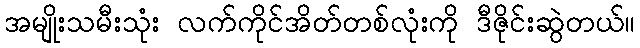
အမျိုးသမီးသုံး လက်ကိုင်အိတ်တစ်လုံးကို ဒီဇိုင်းဆွဲတယ်။